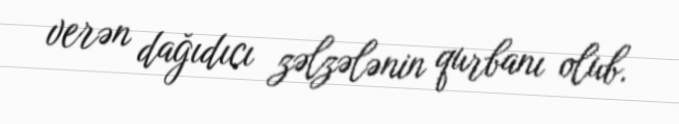
verən dağıdıcı zəlzələnin qurbanı olub.